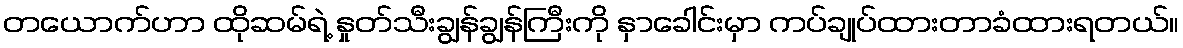
တယောက်ဟာ ထိုဆမ်ရဲ့ နှုတ်သီးချွန်ချွန်ကြီးကို နှာခေါင်းမှာ ကပ်ချုပ်ထားတာခံထားရတယ်။